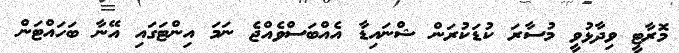
މޮރާޓީ ވިދާޅުވީ މުސާރަ ކުޑަކުރަން ޝްނައިޑާ އެއްބަސްވެއްޖެ ނަމަ އިންޓަގައި އޭނާ ބަހައްޓަން